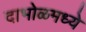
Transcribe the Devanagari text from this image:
दाभोळमध्ये